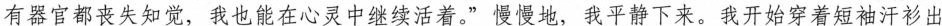
有器官都丧失知觉，我也能在心灵中继续活着。”慢慢地，我平静下来。我开始穿着短袖汗衫出